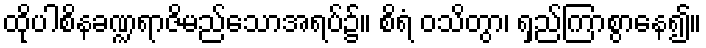
ထိုပါစိနခဏ္ဍရာဇိမည်သောအရပ်၌။ စိရံ ဝသိတွာ၊ ရှည်ကြာစွာနေ၍။